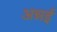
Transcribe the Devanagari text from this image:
अन्नई